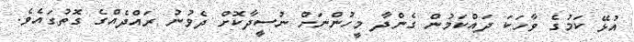
އުޅޭ ކަމުގެ ވާހަކަ ދައްކަމުން ގެންދާ މީހުންނަށް ނުސީދާކޮށް ދެވުނު ރައްދެއްގެ ގޮތުގައެވެ.